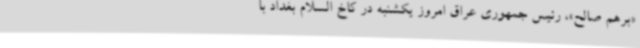
«برهم صالح»، رئیس جمهوری عراق امروز یکشنبه در کاخ السلام بغداد با